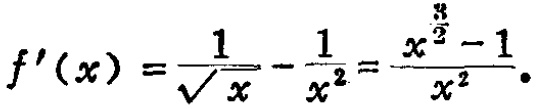
\[f^{\prime}(x)=\frac{1}{\sqrt{x}}-\frac{1}{x^{2}}=\frac{x^{\frac{3}{2}}-1}{x^{2}}.\]